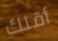
أقلك